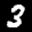
Label: 3